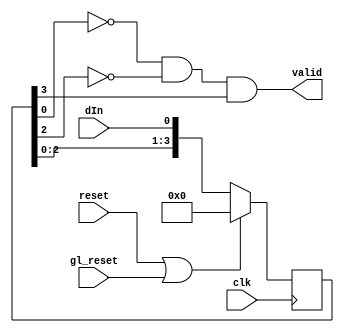
// Universal Asynchronous Receiver
//
// +-----------------------------+
// |     Library : Datacomms     |
// |   designer : Gerard Blair   |
// |     opened: 03 Feb 1997     |
// +-----------------------------+

// Architectures:
//   03.02.97 uar

        // Start detection
        module start_detect (valid, clk, reset, gl_reset, dIn);
        output       valid;
        input        clk, reset, gl_reset, dIn;
        reg    [3:0] shift_reg;

        always @ (posedge clk) begin
             if (reset | gl_reset)
                  shift_reg = 0;
             else
                  shift_reg = { shift_reg[2:0], dIn };
             end

        assign valid = (shift_reg [0] == 0) &
                       (shift_reg [2] == 0) &
                       (shift_reg [3] == 1);

        endmodule

        // controller
        module counter (count72, count8, clk, enable);
        output       count72, count8;
        input        clk, enable;
        wire         each8;
        reg    [8:0] count_reg;

        always @ (posedge clk)
             if (enable == 0)
                  count_reg <= 0;
             else begin
                  count_reg <= count_reg + 1;
             end

        assign each8   = ((count_reg % 8) == 7);
        assign count72 = (count_reg == 71);
        assign count8  = each8 & ~count72;

        endmodule

        // serial parallel converter
        module ser_par_conv (dOut, clk, enable, dIn);
        output [7:0] dOut;
        input        clk, enable, dIn;
        reg    [7:0] dOut;

        always @ (posedge clk)
             if (enable == 1)
                  dOut = {dIn, dOut[7:1]};

        endmodule

        // flags for ready and data error
        module flags (dReady, dError,  clk, set,  reset, dIn);
        output dReady, dError;
        input  clk, set,  reset, dIn;
        reg    dReady, dError;

        always @(posedge clk)
             if (reset == 1) begin
                  dReady = 0;
                  dError = 0;
                  end
             else if (set == 1) begin
                  dReady <= dIn;
                  dError <= ~dIn;
                  end

        initial $monitor("dReady %b %b", dReady, dError, $time);

        endmodule

        // generating the run signals
        module control (running, clk, reset, gl_reset, set);
        output running;
        input  clk, reset, gl_reset, set;
        reg    running;

        always @ (posedge clk)
             if ((reset == 1) | (gl_reset == 1))
                  running  =  0;
             else if (set == 1)
                  running = 1;
        endmodule

        // overall receiver definition
        module uar (dOut, dReady, dError, clk, gl_reset, dIn);
        output [7:0] dOut;
        output       dReady, dError;
        input        clk, gl_reset, dIn;

        wire         running, finish, count8, start;

        start_detect s_d (start, clk, running, gl_reset, dIn);
        counter      cov (finish, count8, clk, running);
        ser_par_conv s_p (dOut, clk, count8, dIn);
        flags        fla (dReady, dError, clk, finish, start, dIn);
        control      con (running, clk, finish, gl_reset, start);

        endmodule